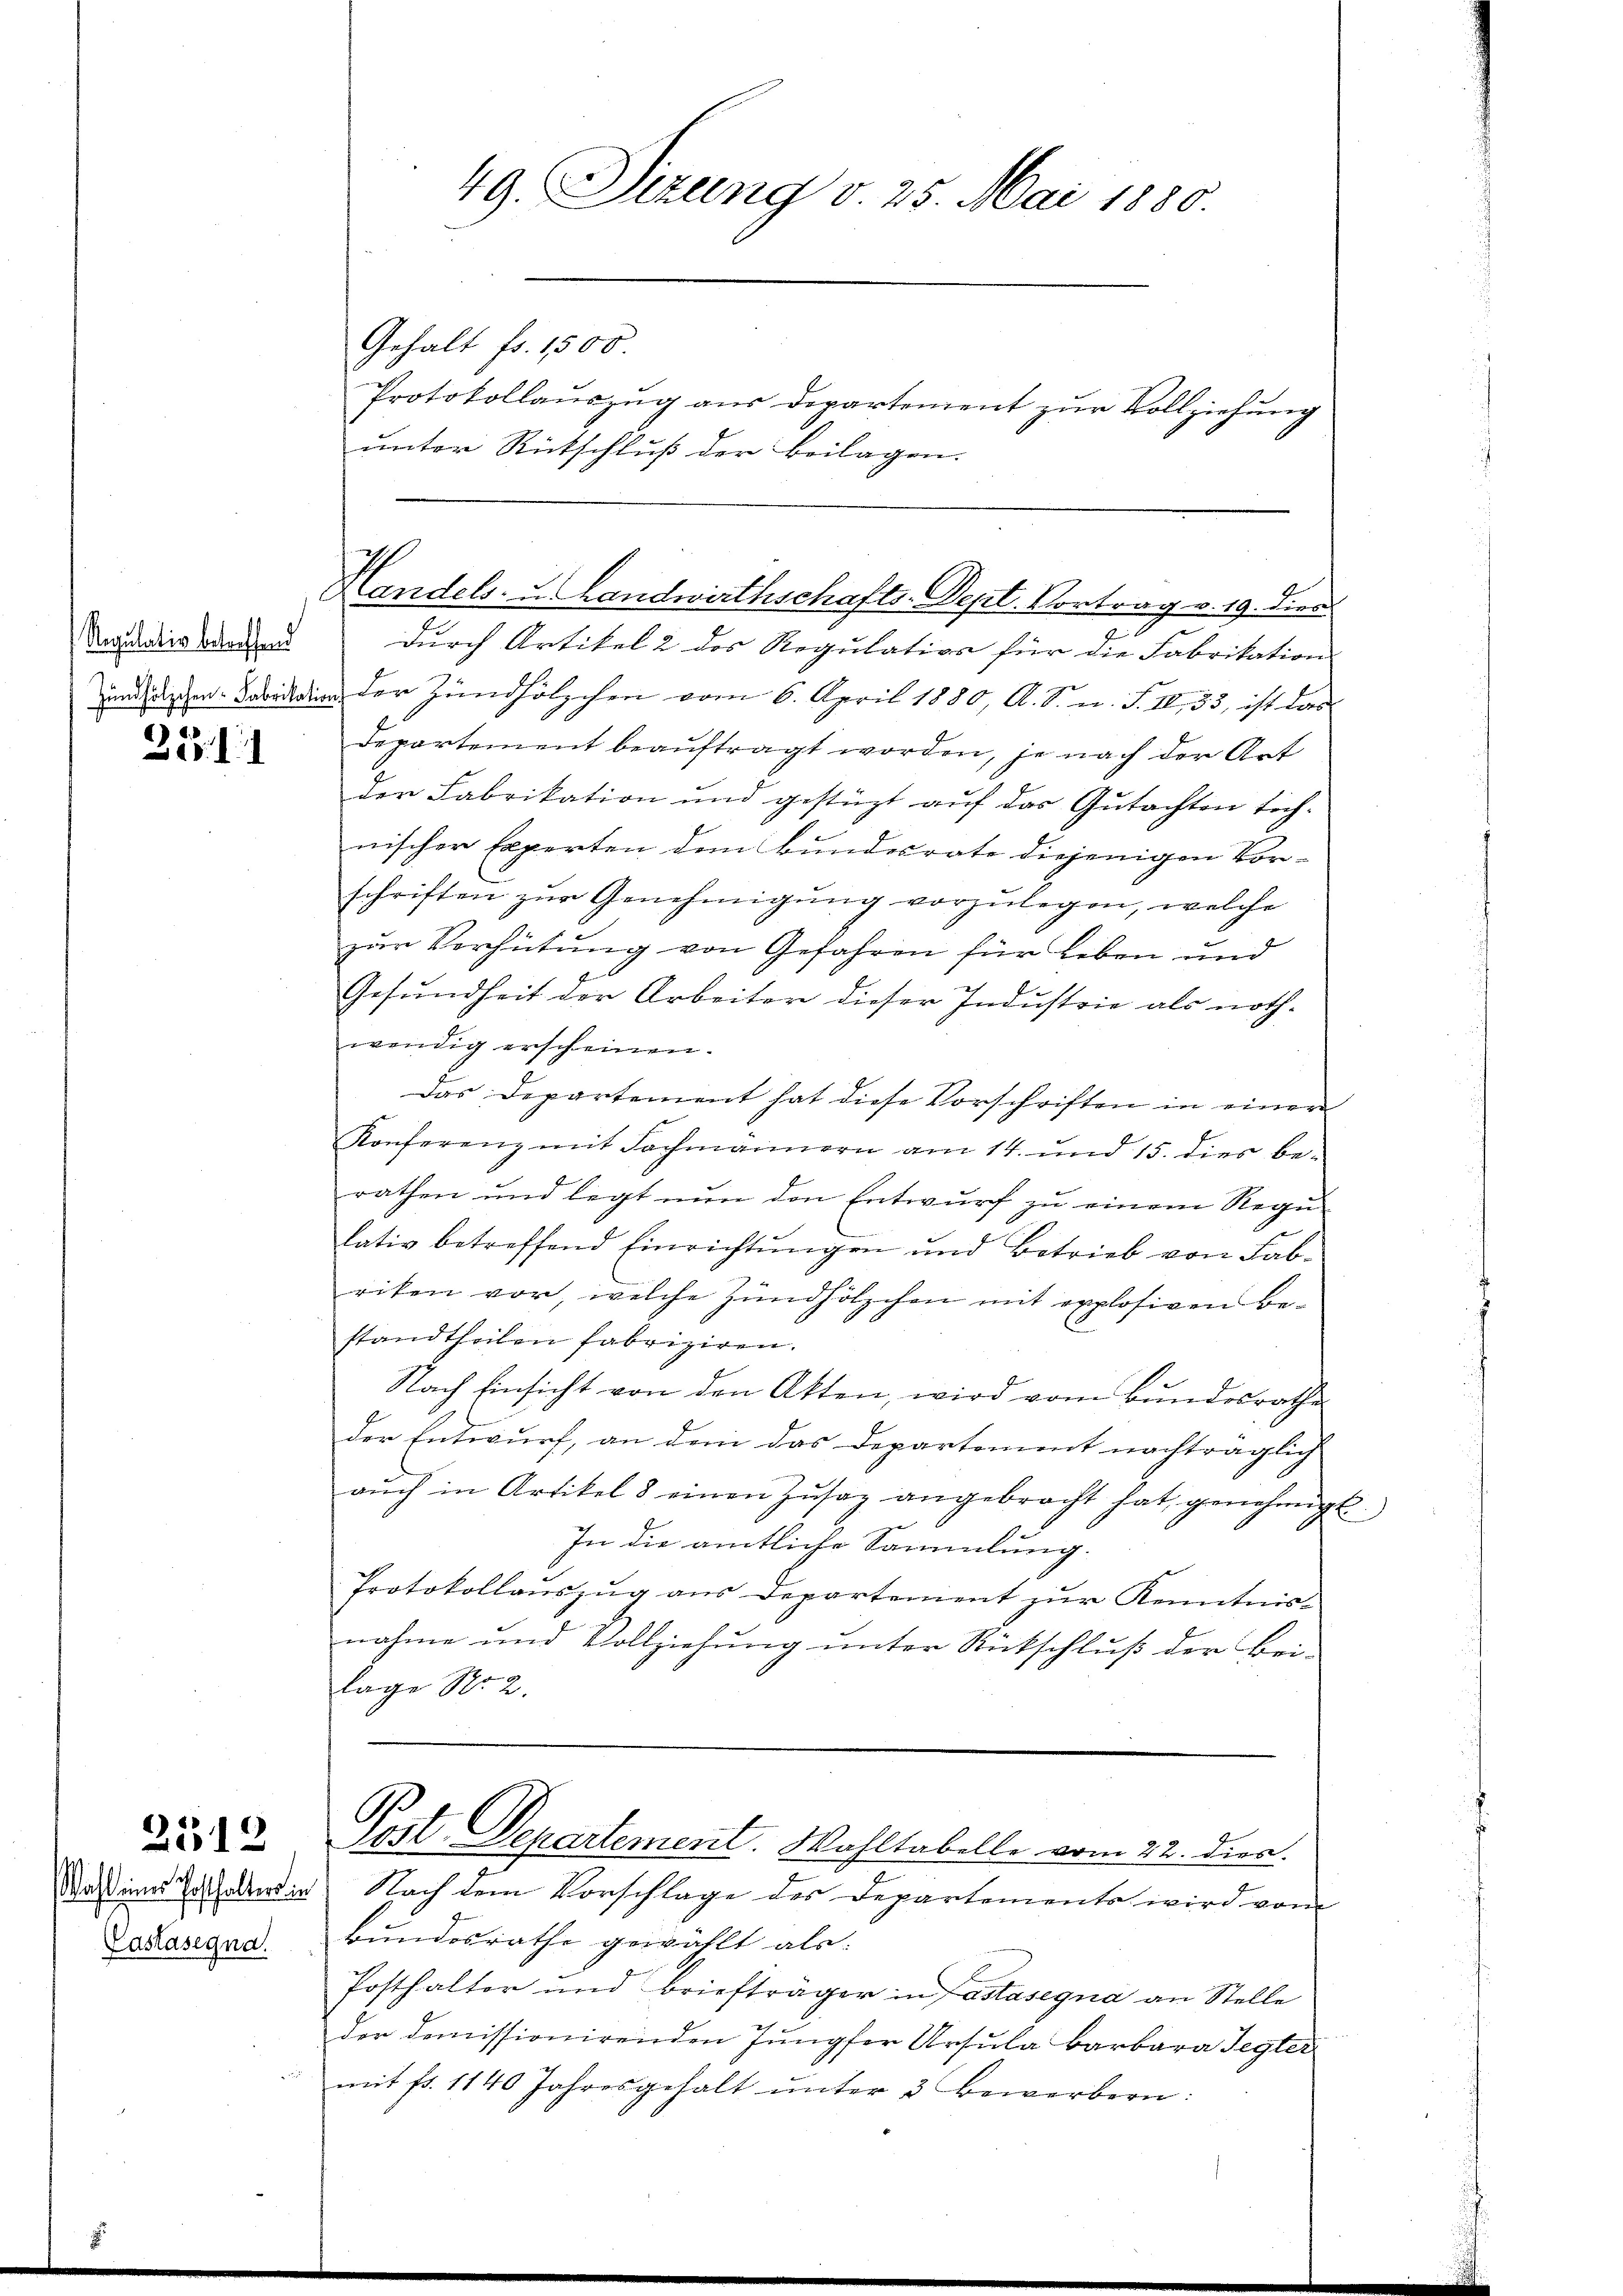
Regulativ betreffend

33. 11

2512

Kastasegna

durch Artikel 2 des Regulation für die Fabrikation
undigten in der Zündhölzchen vom 6. April 1880, A. S. n. F. II., 33, ist das
Departement beauftragt worden, je nach der Art
der Fabrikation und gestüzt auf das Gutachten sich-
nischer Experten dem Bundesrate diejenigen Vor-
schriften zŭr Genehmigŭng vorzŭlegen, welche
zur Verhütung von Gefahren für leben und
f.
Gesundheit der Arbeiter dieser Industrie als nothwendig erscheinen.
Das Departement hat diese Vorschriften in einer
Konferenz mit Fachmännern am 14. und 15. dies berathen und legt nun den Entwurf zu einem Regu
lativ betreffend Einrichtŭngen und Betrieb von Fab-
riken vor, welche Zündhölzchen mit explosiven Be-
standtheilen fabriziren.
Nach Einsicht von den Akten, wird vom Bundesrathe
der Entwurf, an dem das Departement nachträglich
aŭch in Artikel 8 einen Zŭsaz angebracht hat, genehmigt.
In die amtliche Sammlung.
Protokollauszug aus Departement zur Kenntnisnahme und Vollziehung unter Rückschluß der Bei-
lage No. 2.
Pest Departement. Wahltabelle vom 22. Dien.
Daseine Erhalterie Nach dem Vorschlage des Departemente wird vom
Bundesrathe gewählt als
Posthalter und Briefträger in Pastasegna an Stelle
der demissionirenden Jungfer Ursula Barbara Tegter
mit fr. 1140 Jahresgehalt unter 3 Bewerbern:

49. Sizung v. 25. Mai 1880.
Gehalt fr. 1500.
Protokollauszug aus Departement zur Vollziehung
unter Rückschluß der Beilagen.

Ich
Handels- u. Landwirthschafts-Sept. Vortrag v. 19. dies